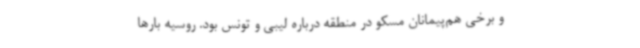
و برخی هم‌پیمانان مسکو در منطقه درباره لیبی و تونس بود. روسیه بارها